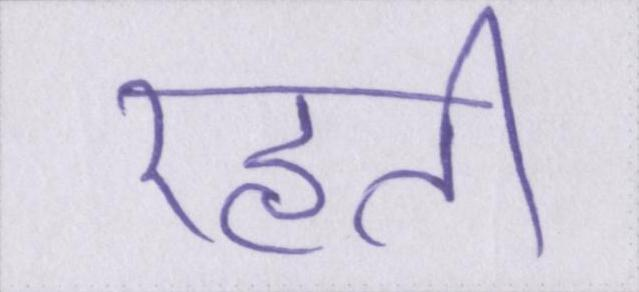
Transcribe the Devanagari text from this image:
रहती